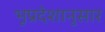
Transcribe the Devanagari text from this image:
भूप्रदेशानुसार